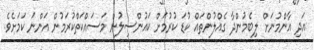
އަދި އާންމުނަށް ލިބެމުންދާ ގެއްލުންތައް ކުޑަ ކުރުމަށް ކައުންސިލުން މަސައްކަތްކުރަމުން އަންނަ ކަމަށެވެ.